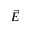
\vec { E }